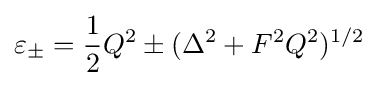
\varepsilon _{\pm }={\frac {1}{2}}Q^{2}\pm (\Delta ^{2}+F^{2}Q^{2})^{1/2}